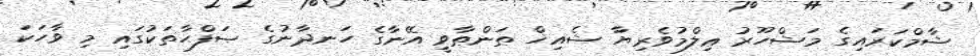
ޝާމްކަރައިގެ މަޝްހޫރު ޢިލްމުވެރިޔާ ޝެއިޚް ޠަންޠާވީ އޭނާގެ ހަނދާނުގެ ޞަފްޙާތަކުގައި މި ވާހަކަ